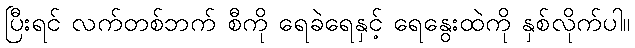
ပြီးရင် လက်တစ်ဘက် စီကို ရေခဲရေနှင့် ရေနွေးထဲကို နှစ်လိုက်ပါ။